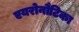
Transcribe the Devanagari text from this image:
एयरोनौटिका